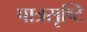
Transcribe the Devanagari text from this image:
पात्रसृष्टि